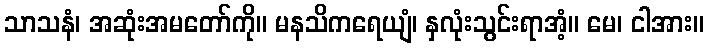
သာသနံ၊ အဆုံးအမတော်ကို။ မနသိကရေယျံ၊ နှလုံးသွင်းရာအံ့။ မေ၊ ငါအား။